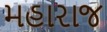
મહારાજ